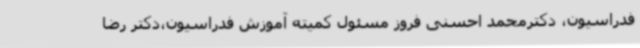
فدراسیون، دکترمحمد احسنی فروز مسئول کمیته آموزش فدراسیون،دکتر رضا